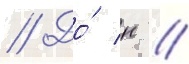
// До́ н //